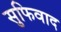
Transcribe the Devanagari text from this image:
सुफिवाद